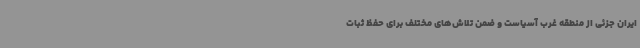
ایران جزئی از منطقه غرب آسیاست و ضمن تلاش‌های مختلف برای حفظ ثبات